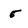
Character: 5